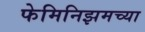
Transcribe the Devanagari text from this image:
फेमिनिझमच्या